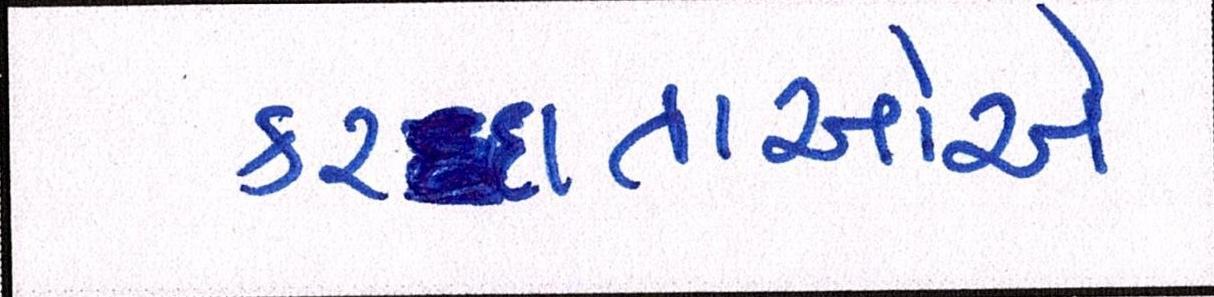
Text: કરદાતાઓએ